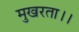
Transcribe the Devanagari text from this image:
मुखरता।।